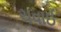
ચવાઈ